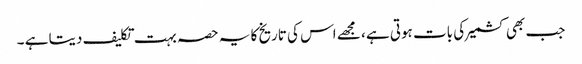
جب بھی کشمیر کی بات ہوتی ہے ، مجھے اس کی تاریخ کا یہ حصہ بہت تکلیف دیتا ہے ۔